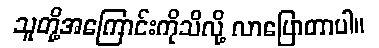
သူတို့အကြောင်းကိုသိလို့ လာပြောတာပါ။